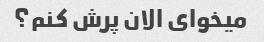
میخوای الان پرش کنم؟